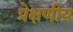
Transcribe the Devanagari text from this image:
प्रेक्षणीय़